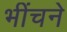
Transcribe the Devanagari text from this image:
भींचने